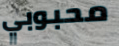
محبوبي